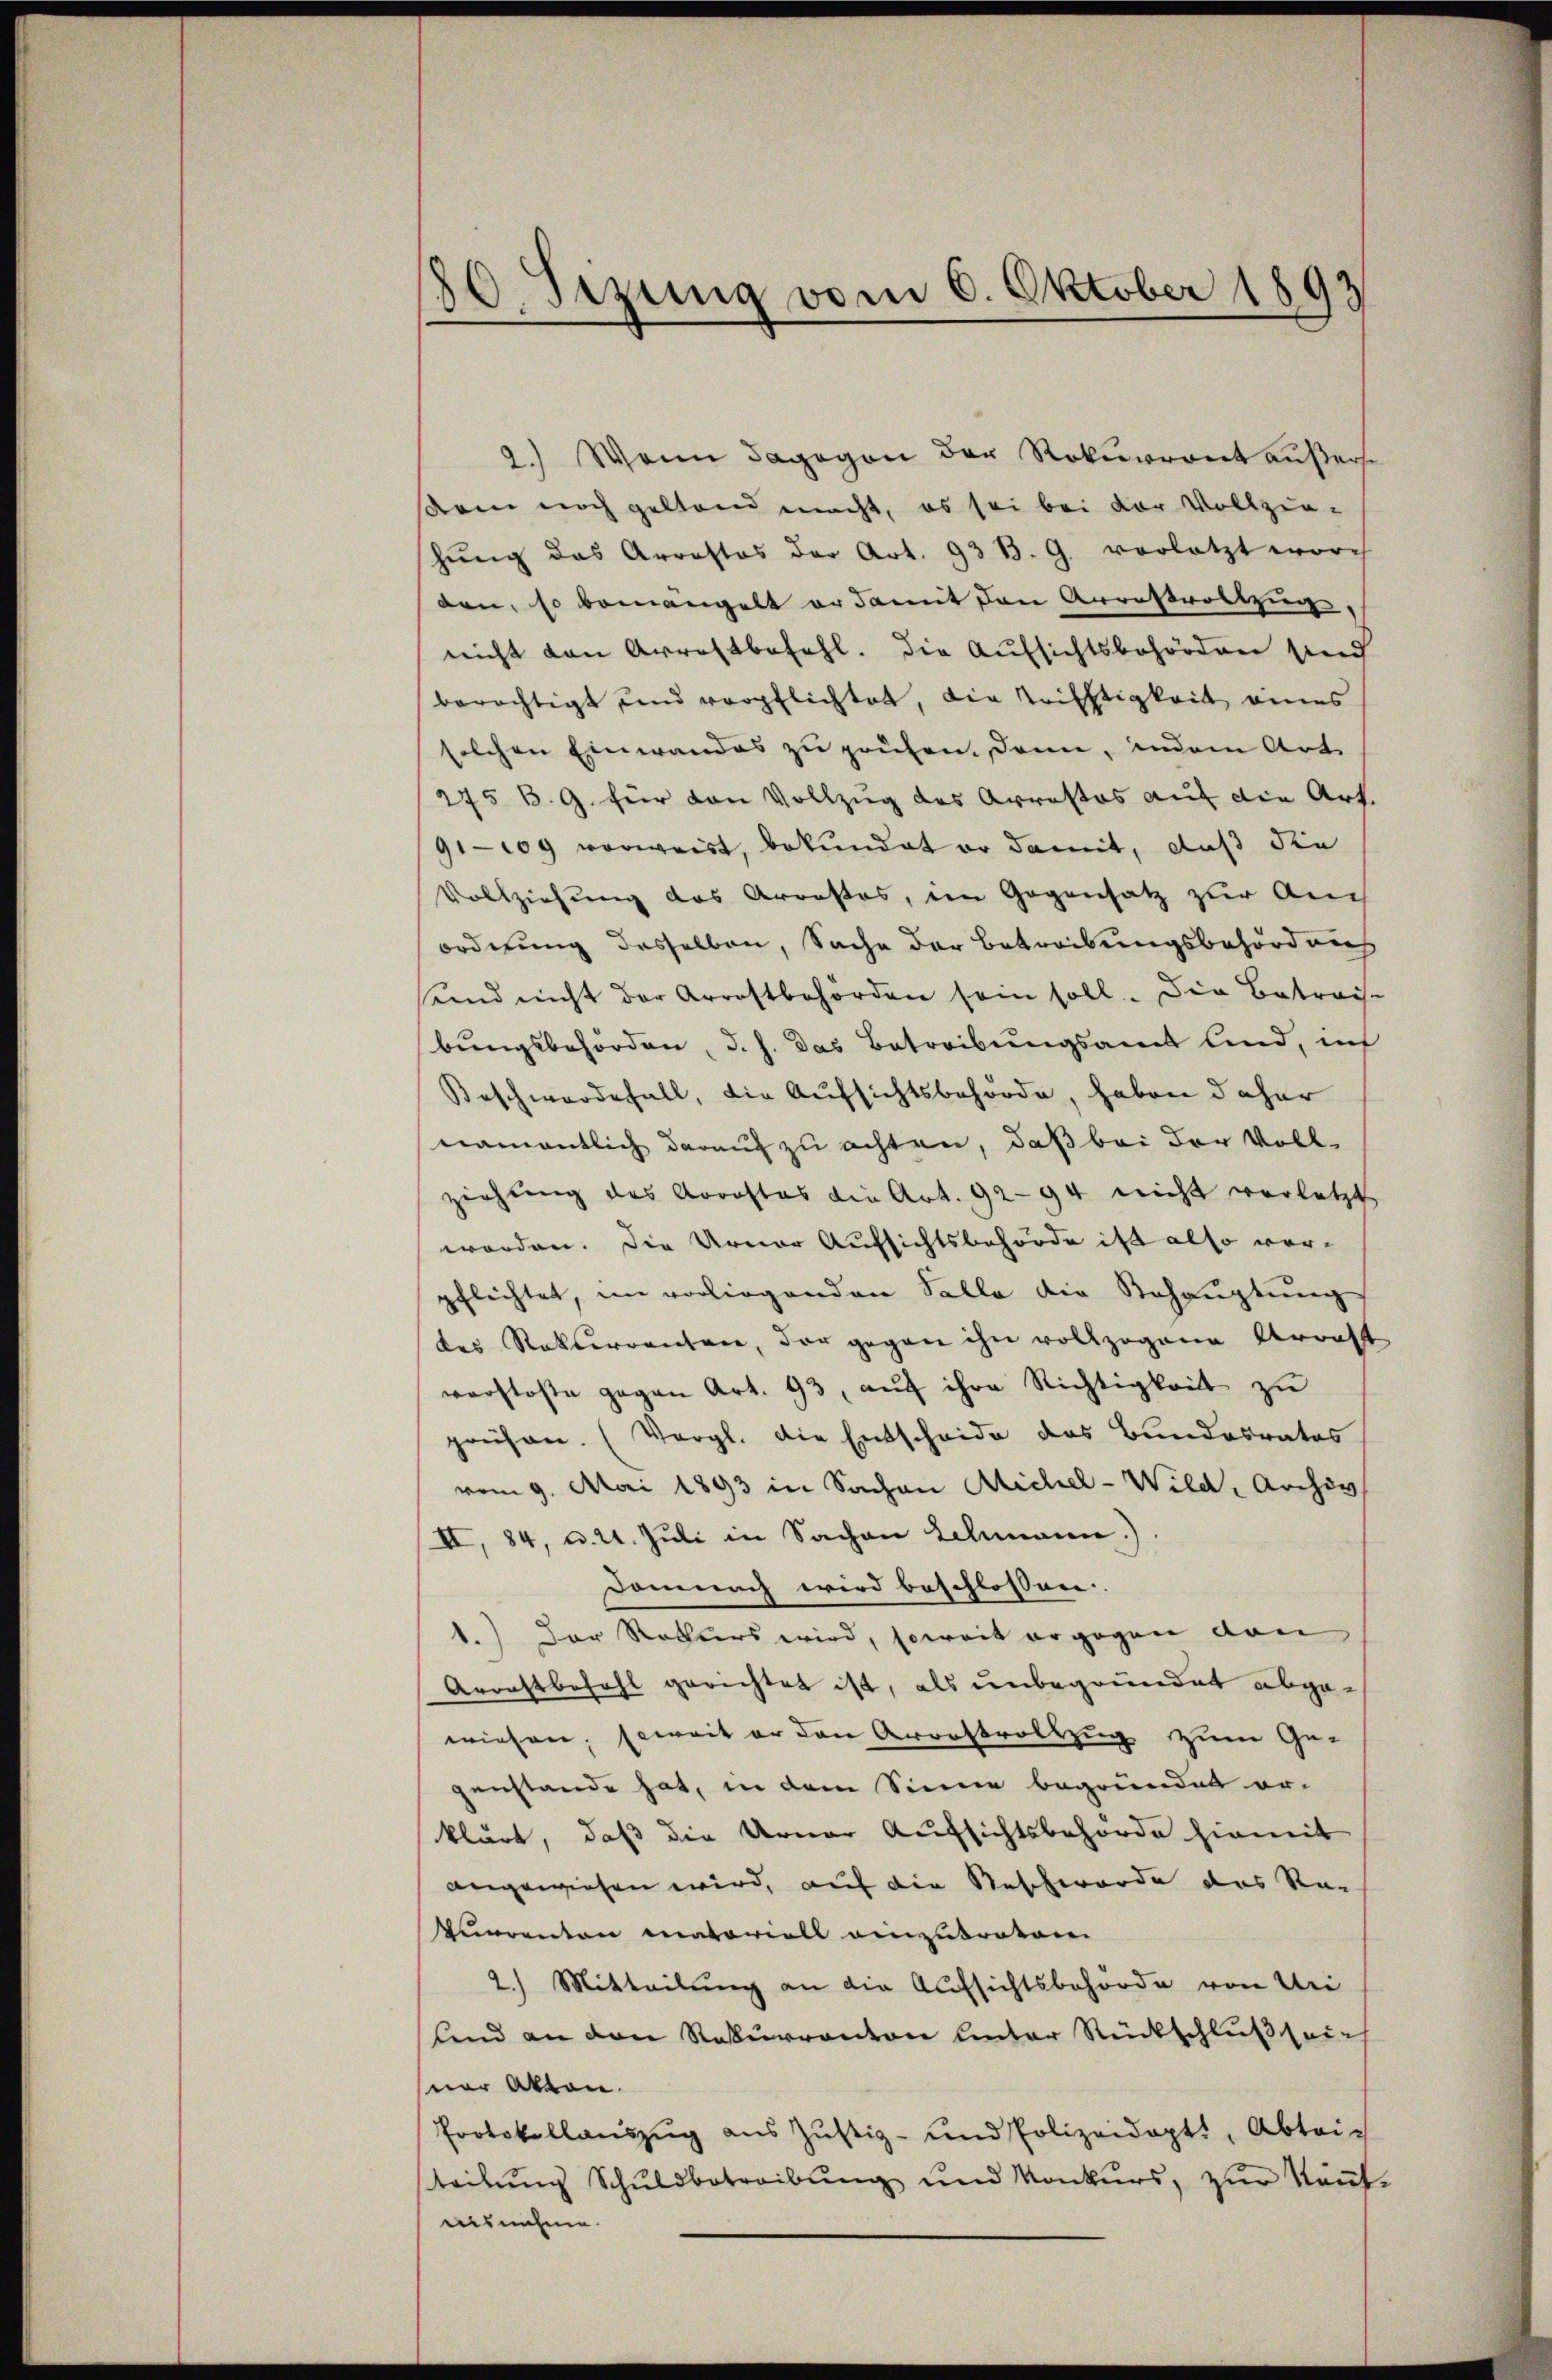
80. Sezung vom 6. Oktober 1893

2.) Wenn dagegen der Rekurrent äußerse
si noch geltend macht, es sei bei der Vollziehŭng das Arrestos der Art. 93 B. G. vorletzt worch
den, so bemängelt er damit den Arrestroltzug,
nicht von Arrestbefehl. Die Aufsichtsbehörden sind
berechtigt und verpflichtet, die Krifftigkeit eines
solchen Einwandes zu prüfen. Dann, indem Art.
275 B. G. für den Vollzug des Arrestos auf die Art.
91—109 vorweist, bekundet er damit, daß die
Vollziehung des Arrestes, im Gegensatz zur Auch
ordnung desselben, Sache der Betreibungsbehörd aus
und nicht der Arrestbehörden sein soll. Die Betrach-
bungsbehörden, d. h. das Betreibungsamt sind, in
Beschwerdefall, die Aufsichtsbehörde, haben daher
namentlich darauf zu achten, daß bei der Vollziehung des Arrestos die Art. 92—94 nicht verletzt
worden. Die Urner Aufsichtsbehörde ist also vorpflichtet, im vorliegenden Salle die Behauptung
des Rokterrenten, der gegen ihn vollzogene Arrest
verstosse gegen Art. 93, auf ihre Richtigkeit zu
preisen. (Vergl. die Entscheide das Bundesrates
vom 9. Mai 1893 in Sachen Michel-Wild, Archiv
II, 84, u. 21. Juli in Sachen Schmann.).
Demnach wird beschlossen.
1.) Der Rekurs wird, soweit ergegen den
Arrestbefehl gerichtet ist, als unbegrundet abgewiehrer, soweit er den Arrestvollzug zum Ge-
genstande hat, in dem Sinne begründet er-
klärt, daß die Urner Aufsichtsbehörde hiemit
angewiesen wird, auf die Beschwerde das Re-
kurrenten matoriell einzutreten
2.) Mitteilung an die Aufsichtsbehörde von Mei
lnd an den Rekurrenton unter Rückschluß seins
sner Akten.
Protokollauszug aus Zŭstiz- und Polizeidopt, Abtei-
steilŭng Schuldbetreibŭng und Konkurs, zŭr Keṅt-
ausnahme.